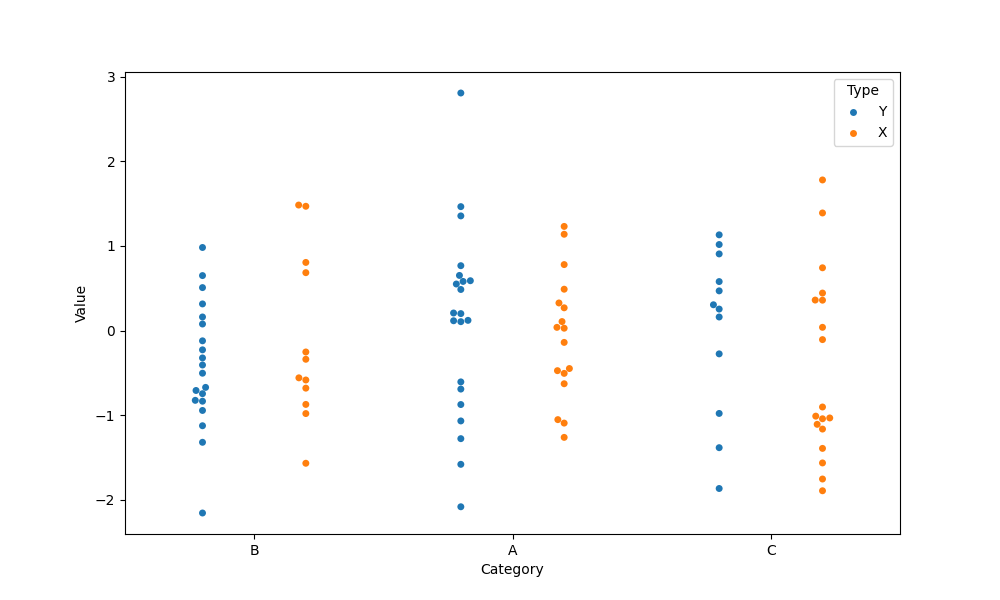
python, seaborn, swarmplot, dodge=True, alpha=1.0, size=5